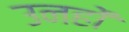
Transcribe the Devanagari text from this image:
उनहों